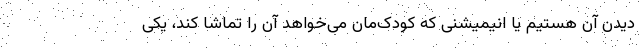
دیدن آن هستیم یا انیمیشنی که کودک‌مان می‌خواهد آن را تماشا کند، یکی